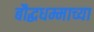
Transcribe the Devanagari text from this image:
बौद्धधम्माच्या